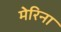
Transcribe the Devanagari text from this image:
मेरिना